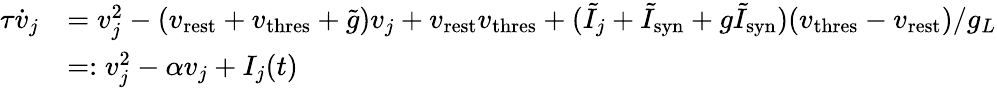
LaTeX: \begin{array}{rl}{\tau\dot{v}_{j}}&{=v_{j}^{2}-(v_{\mathrm{rest}}+v_{\mathrm{thres}}+\tilde{g})v_{j}+v_{\mathrm{rest}}v_{\mathrm{thres}}+(\tilde{I}_{j}+\tilde{I}_{\mathrm{syn}}+g\tilde{I}_{\mathrm{syn}})(v_{\mathrm{thres}}-v_{\mathrm{rest}})/g_{L}}\\ &{=:v_{j}^{2}-\alpha v_{j}+I_{j}(t)}\end{array}